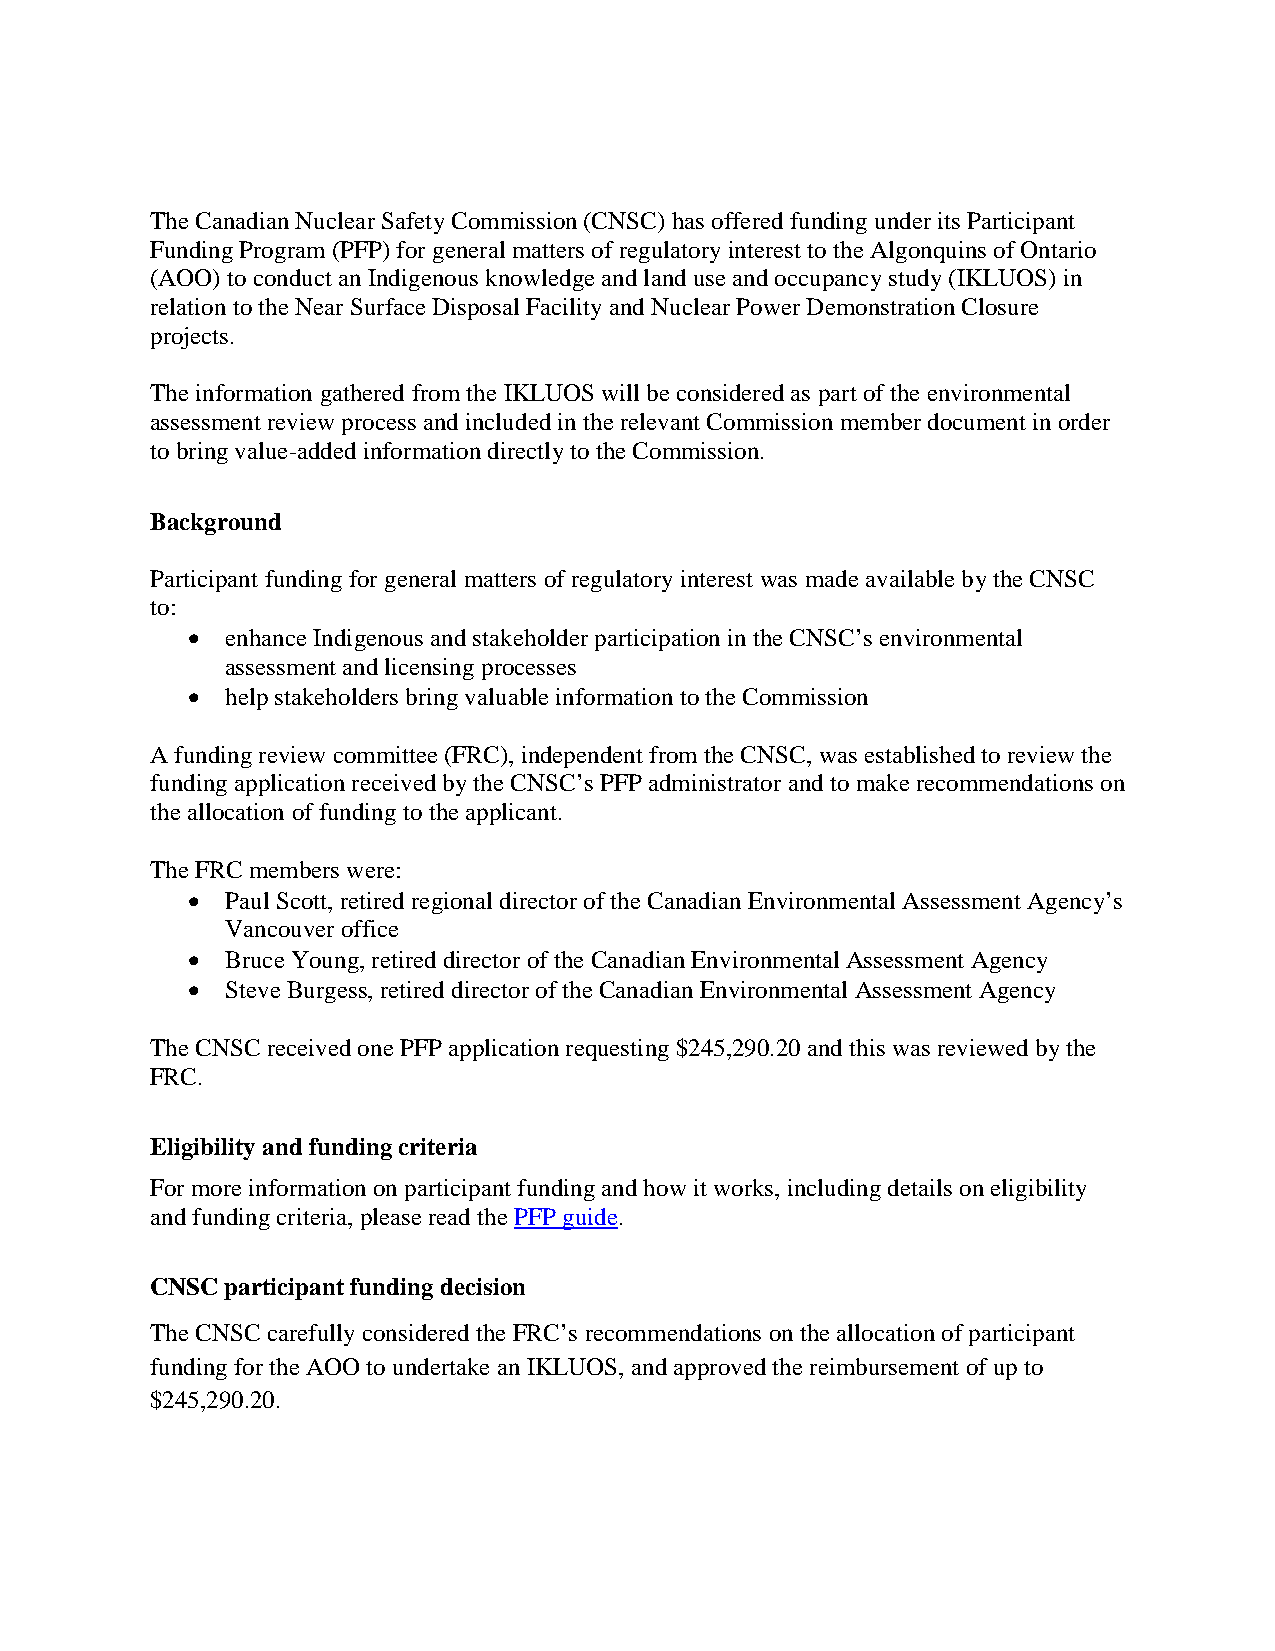
The Canadian Nuclear Safety Commission (CNSC) has offered funding under its Participant
 Funding Program (PFP) for general matters of regulatory interest to the Algonquins of Ontario
 (AOO) to conduct an Indigenous knowledge and land use and occupancy study (IKLUOS) in
 relation to the Near Surface Disposal Facility and Nuclear Power Demonstration Closure
 projects.
 The information gathered from the IKLUOS will be considered as part of the environmental
 assessment review process and included in the relevant Commission member document in order
 to bring value-added information directly to the Commission.
 Background
 Participant funding for general matters of regulatory interest was made available by the CNSC
 to:
 •  enhance Indigenous and stakeholder participation in the CNSC’s environmental
 assessment and licensing processes
 •  help stakeholders bring valuable information to the Commission
 A funding review committee (FRC), independent from the CNSC, was established to review the
 funding application received by the CNSC’s PFP administrator and to make recommendations on
 the allocation of funding to the applicant.
 The FRC members were:
 •  Paul Scott, retired regional director of the Canadian Environmental Assessment Agency’s
 Vancouver office
 •  Bruce Young, retired director of the Canadian Environmental Assessment Agency
 •  Steve Burgess, retired director of the Canadian Environmental Assessment Agency
 The CNSC received one PFP application requesting $245,290.20 and this was reviewed by the
 FRC.
 Eligibility and funding criteria
 For more information on participant funding and how it works, including details on eligibility
 and funding criteria, please read the PFP guide.
 CNSC participant funding decision
 The CNSC carefully considered the FRC’s recommendations on the allocation of participant
 funding for the AOO to undertake an IKLUOS, and approved the reimbursement of up to
 $245,290.20.